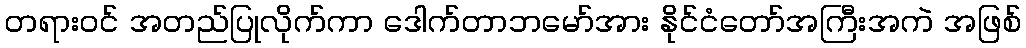
တရားဝင် အတည်ပြုလိုက်ကာ ဒေါက်တာဘမော်အား နိုင်ငံတော်အကြီးအကဲ အဖြစ်